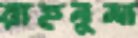
রাহনুমা